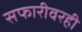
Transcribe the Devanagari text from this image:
सफारीवरही